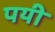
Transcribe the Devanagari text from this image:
पयी